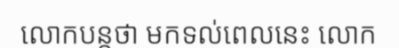
លោកបន្តថា មកទល់ពេលនេះ លោក